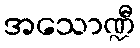
အသောဏ္ဍီ